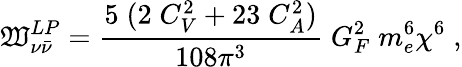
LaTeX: {\mathfrak{W}}_{\nu{\bar{{\nu}}}}^{LP}=\frac{{5\; (2\; C_{V}^{2}+23\; C_{A}^{2})}}{{108\pi^{3}}}\; G_{F}^{2}\; m_{e}^{6}\chi^{6}\; ,